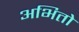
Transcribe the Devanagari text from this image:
अभितो